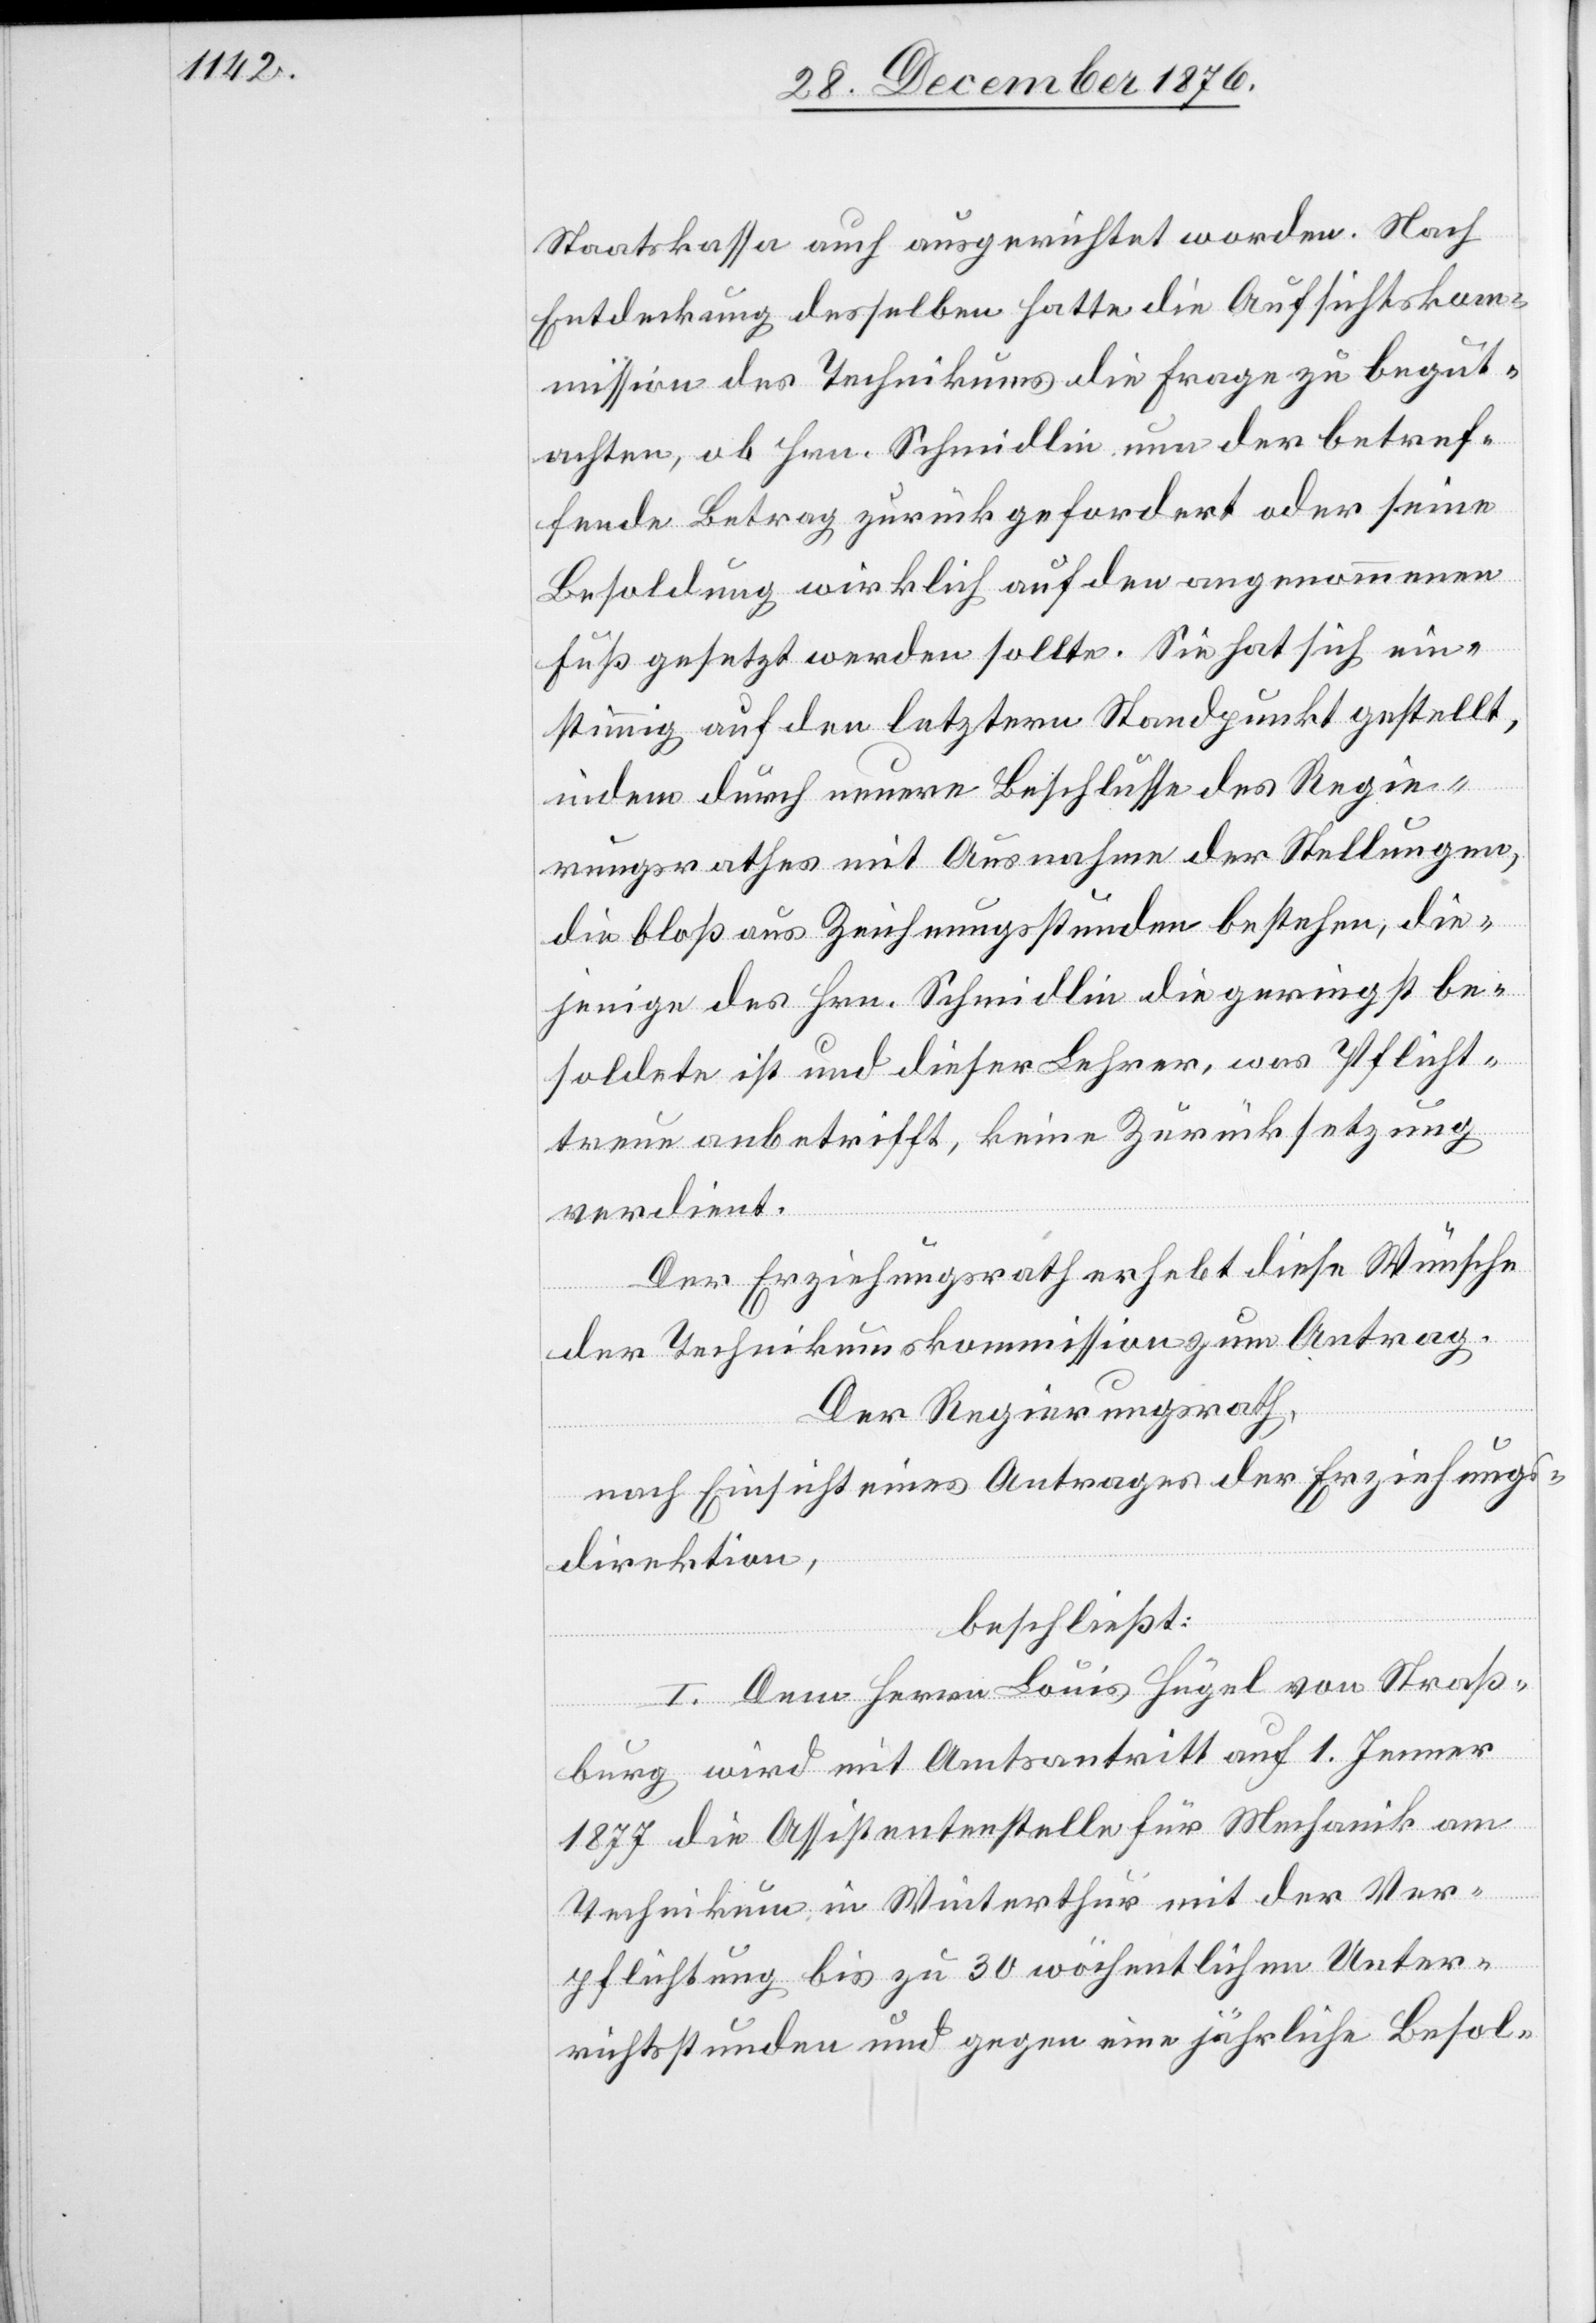
Staatskassa auch ausgerichtet worden. Nach
Entdeckung desselben hatte die Aufsichtskom¬
mission des Technikums die Frage zu begut¬
achten, ob Hrn. Schmidlin nun der betref¬
fende Betrag zurückgefordert oder seine
Besoldung wirklich auf den angenommenen
Fuß gesetzt werden sollte. Sie hat sich ein¬
stimmig auf den letztern Standpunkt gestellt,
indem durch neuere Beschlüsse des Regie¬
rungsrathes mit Ausnahme der Stellungen,
die bloß aus Zeichnungsstunden bestehen, die¬
jenige des Hrn. Schmidlin die geringst be¬
soldete ist und dieser Lehrer, was Pflicht¬
reue anbetrifft, keine Zurücksetzung
verdient.
Der Erziehungsrath erhebt diese Wünsche
der Technikumskommission zum Antrag.
Der Regierungsrath,
nach Einsicht eines Antrages der Erziehungs¬
direktion,
beschließt:
I. Dem Herrn Louis Hügel von Straß¬
burg wird mit Amtsantritt auf 1. Jenner
1877 die Assistentenstelle für Mechanik am
Technikum in Winterthur mit der Ver¬
pflichtung bis zu 30 wöchentlichen Unter¬
richtsstunden und gegen eine jährliche Besol-